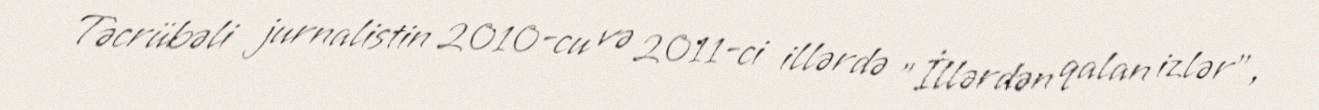
Təcrübəli jurnalistin 2010-cu və 2011-ci illərdə "İllərdən qalan izlər",